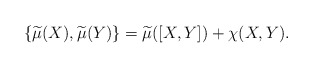
\begin{align*}\{\widetilde{\mu}(X),\widetilde{\mu}(Y)\}=\widetilde{\mu}([X,Y]) +\chi(X,Y).\end{align*}